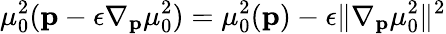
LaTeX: \mu_{0}^{2}(\mathbf{p}-\epsilon\nabla_{\mathbf{p}}\mu_{0}^{2})=\mu_{0}^{2}(\mathbf{p})-\epsilon\| \nabla_{\mathbf{p}}\mu_{0}^{2}\| ^{2}